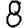
Digit: 8